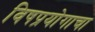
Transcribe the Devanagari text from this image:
विषप्रयोगाचा